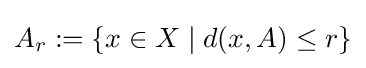
A_{r}:=\{x\in X\mid d(x,A)\leq r\}